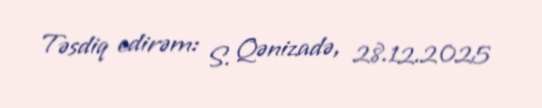
Təsdiq edirəm: S. Qənizadə, 28.12.2025